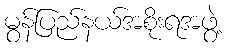
မွန်ပြည်နယ်အစိုးရအဖွဲ့